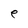
Character: e